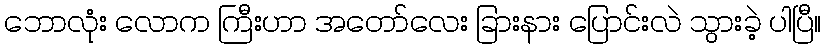
ဘောလုံး လောက ကြီးဟာ အတော်လေး ခြားနား ပြောင်းလဲ သွားခဲ့ ပါပြီ။